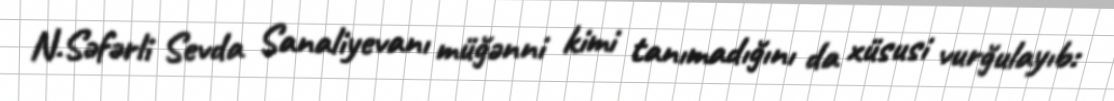
N.Səfərli Sevda Sanaliyevanı müğənni kimi tanımadığını da xüsusi vurğulayıb: